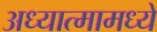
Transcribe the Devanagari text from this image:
अध्यात्मामध्ये